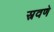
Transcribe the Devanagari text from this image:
स्रवणे